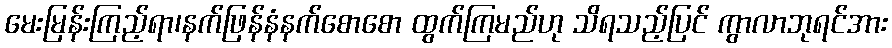
မေးမြန်းကြည့်ရာ၊နက်ဖြန်နံနက်စောစော ထွက်ကြမည်ဟု သိရသည့်ပြင် ကွာလာဘုရင်အား